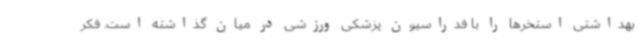
بهداشتی استخرها را با فدراسیون پزشکی ورزشی در میان گذاشته است. فکر